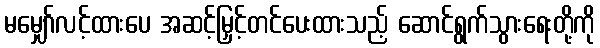
မမျှော်လင့်ထားပေ အဆင့်မြှင့်တင်ပေးထားသည့် ဆောင်ရွက်သွားရေးတို့ကို